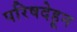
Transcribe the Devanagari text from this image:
परिषदेहून